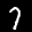
Label: 7